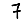
Digit: 7